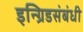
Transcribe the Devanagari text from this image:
इन्ग्रिडसंबंधी